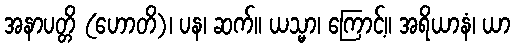
အနာပတ္တိ (ဟောတိ)၊ ပန၊ ဆက်။ ယသ္မာ၊ ကြောင့်။ အရိယာနံ၊ ယာ